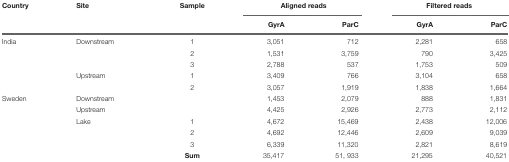
| Country | Site | Sample | <COLSPAN=2> Aligned reads | <COLSPAN=2> Filtered reads |
 |  |  |  | GyrA | ParC | GyrA | ParC |
 | --- | --- | --- | --- | --- | --- | --- |
 | India | Downstream | 1 | 3,051 | 712 | 2,281 | 658 |
 |  |  | 2 | 1,531 | 3,759 | 790 | 3,425 |
 |  |  | 3 | 2,788 | 537 | 1,753 | 509 |
 |  | Upstream | 1 | 3,409 | 766 | 3,104 | 658 |
 |  |  | 2 | 3,057 | 1,919 | 1,838 | 1,664 |
 | Sweden | Downstream |  | 1,453 | 2,079 | 888 | 1,831 |
 |  | Upstream |  | 4,425 | 2,926 | 2,773 | 2,112 |
 |  | Lake | 1 | 4,672 | 15,469 | 2,438 | 12,006 |
 |  |  | 2 | 4,692 | 12,446 | 2,609 | 9,039 |
 |  |  | 3 | 6,339 | 11,320 | 2,821 | 8,619 |
 |  |  | Sum | 35,417 | 51,933 | 21,295 | 40,521 |